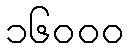
၁၆၀၀၀